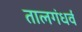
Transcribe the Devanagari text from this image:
तालगंधर्व